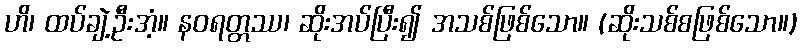
ဟိ၊ ထပ်ချဲ့ဦးအံ့။ နဝရတ္တဿ၊ ဆိုးအပ်ပြီး၍ အသစ်ဖြစ်သော။ (ဆိုးသစ်စဖြစ်သော။)